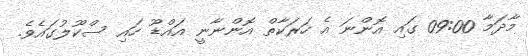
މާދަމާ 09:00 ގައި އޮންނަ އެ ހަރަކާތް އޮންނާނީ އައްޑޫ ހައި ސްކޫލުގައެވެ.